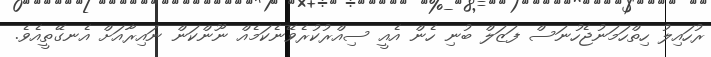
ރުހައިލު ހިތްހަމަނުޖެހުނަސް ފަޒަލް ބުނި ހެން އެއީ ސިއްރުކުރެވޭނެކަމެއް ނޫންކަން ނައިރާއަށް އެނގޭތީއެވެ.